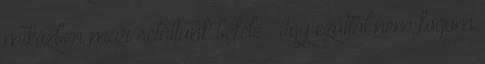
miközben már sétáltunk befelé – Így ezúttal nem fogom